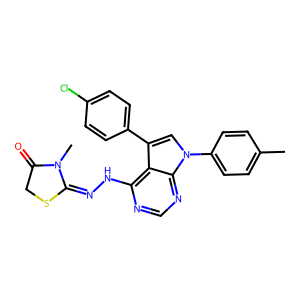
SMILES: Cc1ccc(-n2cc(-c3ccc(Cl)cc3)c3c(NN=C4SCC(=O)N4C)ncnc32)cc1
Inhibits HIV replication: No